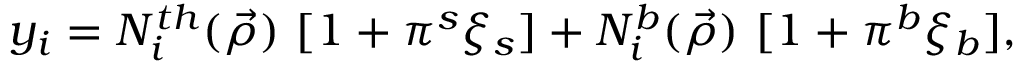
y _ { i } = N _ { i } ^ { t h } ( \vec { \rho } ) ~ [ 1 + \pi ^ { s } \xi _ { s } ] + N _ { i } ^ { b } ( \vec { \rho } ) ~ [ 1 + \pi ^ { b } \xi _ { b } ] ,